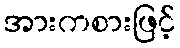
အားကစားဖြင့်